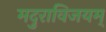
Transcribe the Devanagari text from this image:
मदुराविजयम्